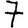
Digit: 7